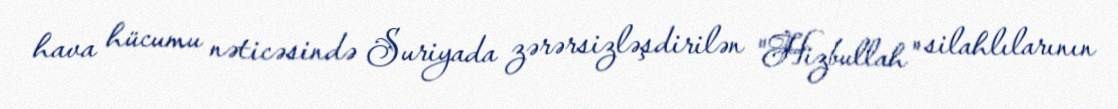
hava hücumu nəticəsində Suriyada zərərsizləşdirilən "Hizbullah" silahlılarının